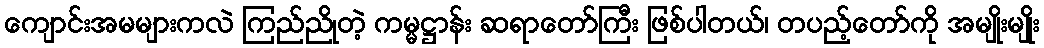
ကျောင်းအမများကလဲ ကြည်ညိုတဲ့ ကမ္မဋ္ဌာန်း ဆရာတော်ကြီး ဖြစ်ပါတယ်၊ တပည့်တော်ကို အမျိုးမျိုး